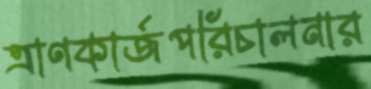
ত্রাণকার্জপরিচালনার